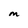
Character: M